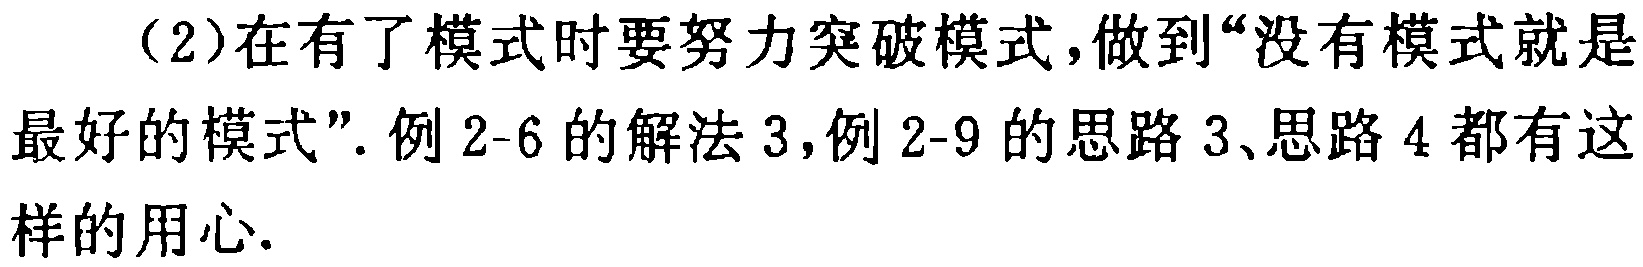
（2）在有了模式时要努力突破模式，做到“没有模式就是最好的模式”. 例2-6的解法3，例2-9的思路3、思路4都有这样的用心.